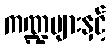
ကဏ္ဍများနှင့်